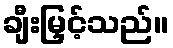
ချီးမြှင့်သည်။